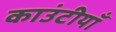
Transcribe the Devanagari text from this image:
काउंटीयाँ